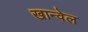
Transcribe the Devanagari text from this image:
खान्वेल